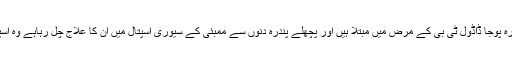
فلم ویرگتی میں سلمان خان کے ساتھ اداکاری کرنے والی بالی ووڈ ادکارہ پوجا ڈاڈول ٹی بی کے مرض میں مبتلا ہیں اور پچھلے پندرہ دنوں سے ممبئی کے سیوری اسپتال میں ان کا علاج چل رہاہے وہ اسپتال میں اکیلی ہیں اور علاج کے لئے ان کے پاس پیسے بھی ندارد ہیں۔